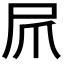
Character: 𫵕